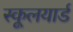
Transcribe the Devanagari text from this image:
स्कूलयार्ड